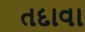
તદાવા